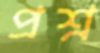
প্রশ্ন